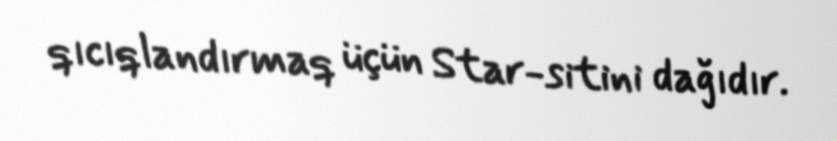
qıcıqlandırmaq üçün Star-sitini dağıdır.